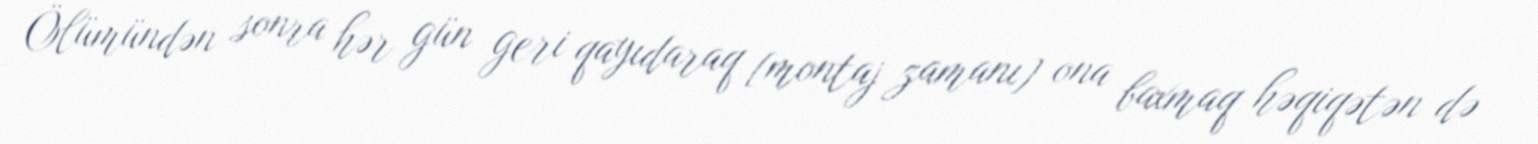
Ölümündən sonra hər gün geri qayıdaraq [montaj zamanı] ona baxmaq həqiqətən də